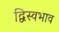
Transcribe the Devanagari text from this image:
द्विस्‍वभाव